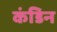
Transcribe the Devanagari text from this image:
कंडिन